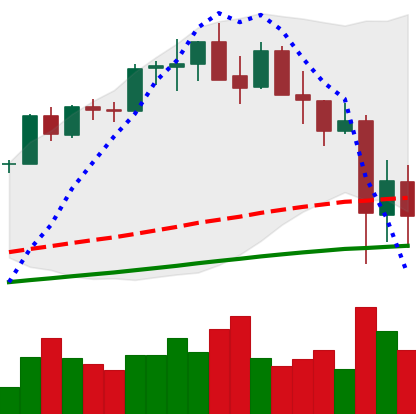
Ticker: ETH-USD
Chart end date: 2021-05-21
Forward return: 18.846%
Label: up_7plus